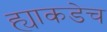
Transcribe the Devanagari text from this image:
ह्याकडेच